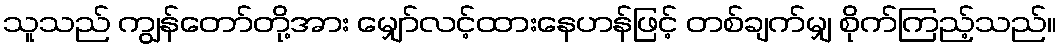
သူသည် ကျွန်တော်တို့အား မျှော်လင့်ထားနေဟန်ဖြင့် တစ်ချက်မျှ စိုက်ကြည့်သည်။